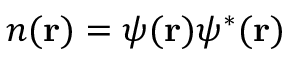
n ( { \bf { r } } ) = \psi ( { \bf { r } } ) \psi ^ { * } ( { \bf { r } } )